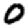
Digit: 0